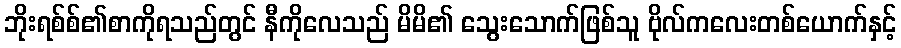
ဘိုးရစ်စ်၏စာကိုရသည်တွင် နီကိုလေသည် မိမိ၏ သွေးသောက်ဖြစ်သူ ဗိုလ်ကလေးတစ်ယောက်နှင့်